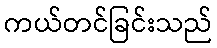
ကယ်တင်ခြင်းသည်